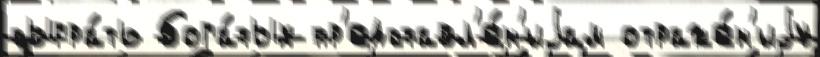
сыгра́ть бога́тых пр'едставл'е́н'иjам отраже́н'иjу